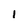
Character: i